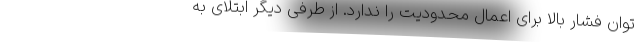
توان فشار بالا برای اعمال محدودیت را ندارد. از طرفی دیگر ابتلای به